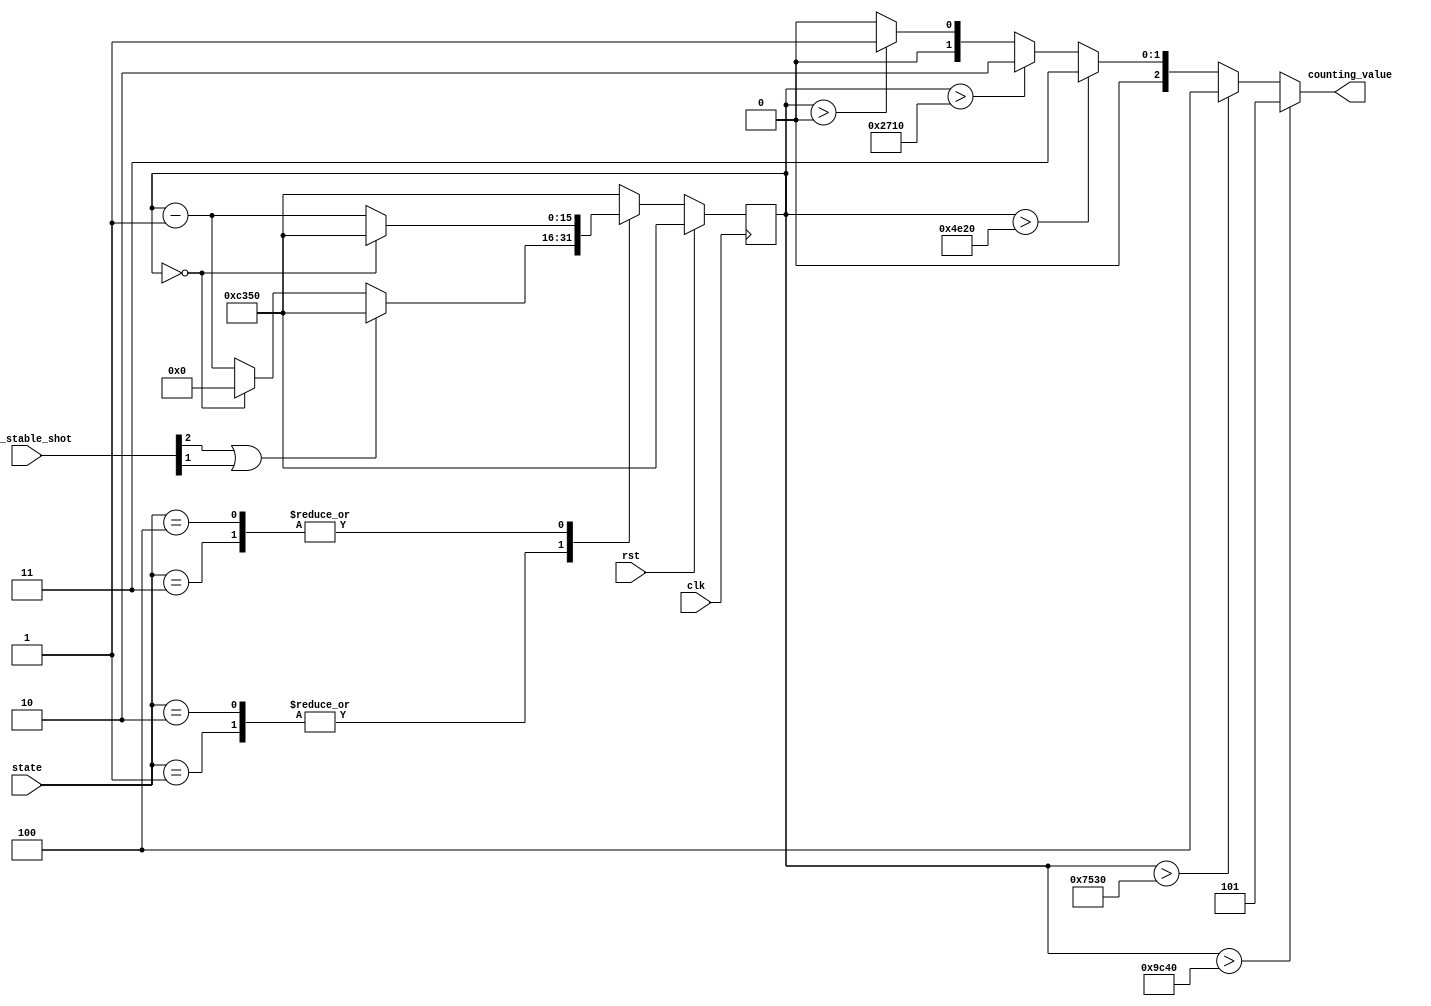
module counting(
    input   wire    rst,
    input   wire    clk,    //10kHz
    
    input   wire    [2:0]   btn_stable_shot,
    
    input   wire    [2:0]   state,
    
    output  reg     [2:0]   counting_value
);
    
parameter   state_idle          =   3'd0;
parameter   state_floor1        =   3'd1;
parameter   state_floor2        =   3'd2;
parameter   state_going_to_1    =   3'd3;
parameter   state_going_to_2    =   3'd4;

reg [15:0]  cnt_clk;

always @ (posedge clk) begin
    if(rst) cnt_clk <= 16'd50000;
    else begin
        case(state)
            state_idle: cnt_clk <= 16'd50000;   //clk: 10kHz --> counting 50000 == 5 seconds
            state_floor1: begin
                if(btn_stable_shot[2] | btn_stable_shot[1]) cnt_clk <= 16'd50000;   //btn2 --> extend counter by initializing max value
                else if(cnt_clk == 0)                       cnt_clk <= 16'd0;       //btn1 --> state transition --> initialize 50000
                else                                        cnt_clk <= cnt_clk - 1;
            end
            state_floor2: begin
                if(btn_stable_shot[2] | btn_stable_shot[1]) cnt_clk <= 16'd50000;
                else if(cnt_clk == 0)                       cnt_clk <= 16'd0;
                else                                        cnt_clk <= cnt_clk - 1;
            end
            state_going_to_1: begin
                if(cnt_clk == 0)    cnt_clk <=  16'd50000;
                else                cnt_clk <=  cnt_clk-1;
            end
            state_going_to_2: begin
                if(cnt_clk == 0)    cnt_clk <=  16'd50000;
                else                cnt_clk <=  cnt_clk-1;
            end
            default: cnt_clk <= 16'd50000;
        endcase
    end
end

always @ (*) begin
    if(cnt_clk > 40000)         counting_value  =   3'd5;   //for segment
    else if(cnt_clk > 30000)    counting_value  =   3'd4;
    else if(cnt_clk > 20000)    counting_value  =   3'd3;
    else if(cnt_clk > 10000)    counting_value  =   3'd2;
    else if(cnt_clk > 0)        counting_value  =   3'd1;
    else                        counting_value  =   3'd0;
end

endmodule